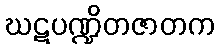
ဃဋပဏ္ဍိတဇာတက